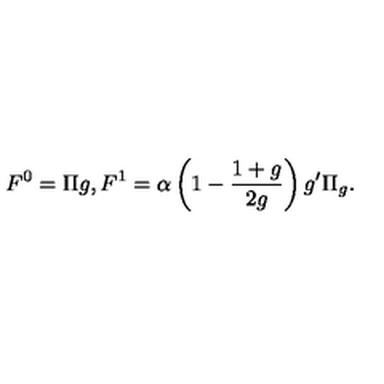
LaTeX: F ^ { 0 } = \Pi g , F ^ { 1 } = \alpha \left( 1 - \frac { 1 + g } { 2 g } \right) g ^ { \prime } \Pi _ { g } .